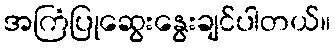
အကြံပြုဆွေးနွေးချင်ပါတယ်။